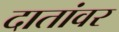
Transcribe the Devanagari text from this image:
दातांवर